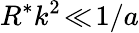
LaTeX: R^{*}k^{2}\! \ll\! 1/a